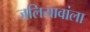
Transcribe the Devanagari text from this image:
जलियावांला